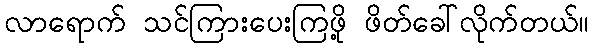
လာရောက် သင်ကြားပေးကြဖို့ ဖိတ်ခေါ်လိုက်တယ်။